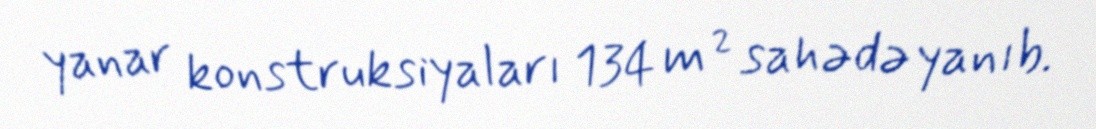
yanar konstruksiyaları 134 m² sahədə yanıb.